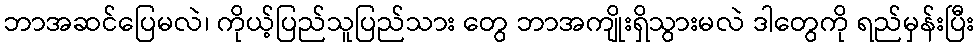
ဘာအဆင်ပြေမလဲ၊ ကိုယ့်ပြည်သူပြည်သား တွေ ဘာအကျိုးရှိသွားမလဲ ဒါတွေကို ရည်မှန်းပြီး